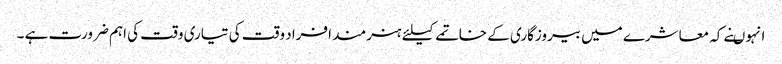
انہوںنے کہ معاشرے میں بیروزگاری کے خاتمے کیلئے ہنرمند افراد وقت کی تیاری وقت کی اہم ضرورت ہے ۔